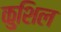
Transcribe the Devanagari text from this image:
कुशिल